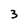
Character: 3